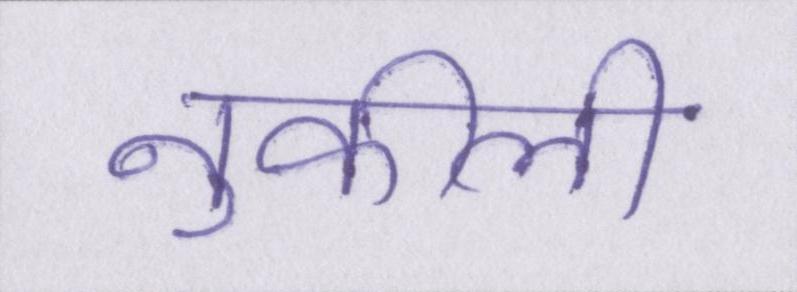
नुकीली